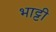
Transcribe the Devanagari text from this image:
भाट्टी